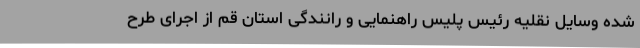
شده وسایل نقلیه رئیس پلیس راهنمایی و رانندگی استان قم از اجرای طرح